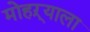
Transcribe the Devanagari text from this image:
मोहऱ्याला